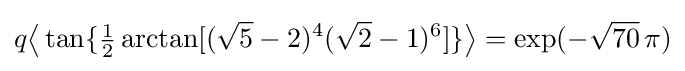
q{\bigl \langle }\tan\{{\tfrac {1}{2}}\arctan[({\sqrt {5}}-2)^{4}({\sqrt {2}}-1)^{6}]\}{\bigr \rangle }=\exp(-{\sqrt {70}}\,\pi )